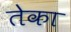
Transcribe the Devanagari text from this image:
तेका